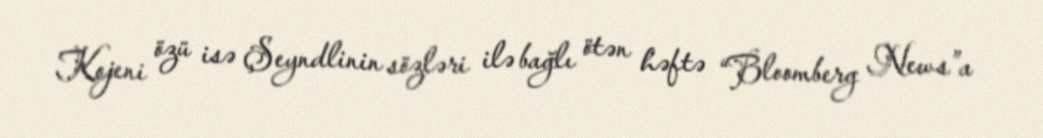
Kojeni özü isə Şeyndlinin sözləri ilə bağlı ötən həftə “Bloomberg News”a